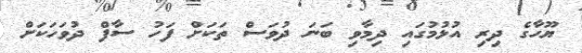
ޔޫހާގެ ދިރި އުޅުމުގައި ދިމާވި ބަނަ ދުވަސް ތަކަށް ފަހު ސާފް ދުވަހަކަށް